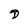
Character: D